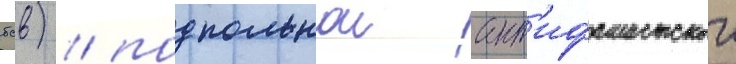
бсв) / подпольнои ант'ифашистскои